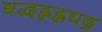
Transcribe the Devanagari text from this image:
द्यद्बह्लह्लद्यद्ग